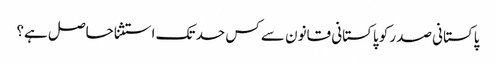
پاکستانی صدر کو پاکستانی قانون سے کس حد تک استثنا حاصل ہے؟